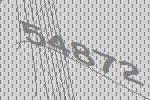
54872